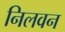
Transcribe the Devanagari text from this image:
निलवन